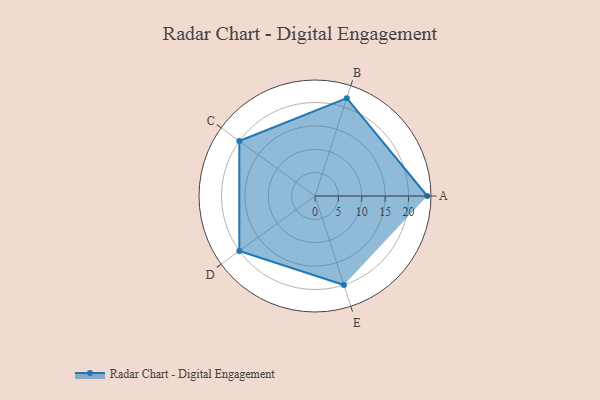
{"axis": {"x": "Skill", "y": "Score"}, "legend": ["Profile"], "data": [{"x": "A", "y": 24.0, "type": "Profile"}, {"x": "B", "y": 22.0, "type": "Profile"}, {"x": "C", "y": 20, "type": "Profile"}, {"x": "D", "y": 20, "type": "Profile"}, {"x": "E", "y": 20, "type": "Profile"}]}